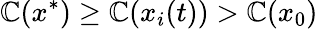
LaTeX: \mathbb{C}(x^{*})\geq\mathbb{C}(x_{i}(t))>\mathbb{C}(x_{0})